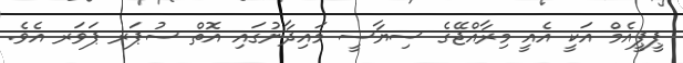
ޕީޕީއެމް އަކީ އެއީ މިރާއްޖޭގެ ސިޔާސީ މައިދާނުގައި އޮތް ސުޕަރ ޕަވަރ އެވެ.